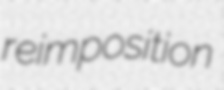
reimposition